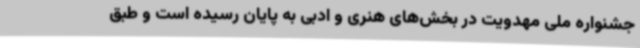
جشنواره ملی مهدویت در بخش‌های هنری و ادبی به پایان رسیده است و طبق